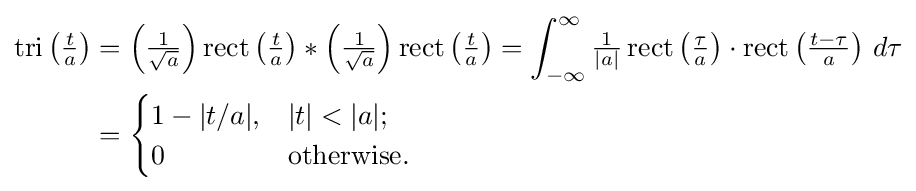
{\begin{aligned}\operatorname {tri} \left({\tfrac {t}{a}}\right)&=\left({\tfrac {1}{\sqrt {a}}}\right)\operatorname {rect} \left({\tfrac {t}{a}}\right)*\left({\tfrac {1}{\sqrt {a}}}\right)\operatorname {rect} \left({\tfrac {t}{a}}\right)=\int _{-\infty }^{\infty }{\tfrac {1}{|a|}}\operatorname {rect} \left({\tfrac {\tau }{a}}\right)\cdot \operatorname {rect} \left({\tfrac {t-\tau }{a}}\right)\,d\tau \\&={\begin{cases}1-|t/a|,&|t|<|a|;\\0&{\text{otherwise}}.\end{cases}}\end{aligned}}